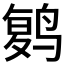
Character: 𱊔